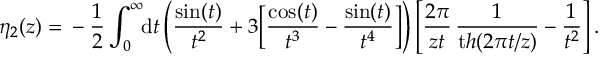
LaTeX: \eta _ { 2 } ( z ) = \mathrm { } - \frac 1 2 \int _ { 0 } ^ { \infty } \! \! { \mathrm { d } } t \left( \frac { \sin ( t ) } { t ^ { 2 } } + 3 \Big [ { \frac { \cos ( t ) } { t ^ { 3 } } } - { \frac { \sin ( t ) } { t ^ { 4 } } } \Big ] \right) \left[ \frac { 2 \pi } { z t } \, \frac { 1 } { { \mathrm t h } ( 2 \pi t / z ) } - \frac { 1 } { t ^ { 2 } } \right] .